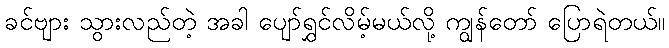
ခင်ဗျား သွားလည်တဲ့ အခါ ပျော်ရွှင်လိမ့်မယ်လို့ ကျွန်တော် ပြောရဲတယ်။